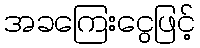
အခကြေးငွေဖြင့်